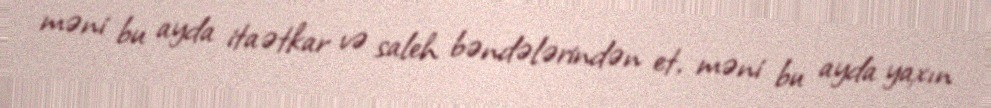
məni bu ayda itaətkar və saleh bəndələrindən et, məni bu ayda yaxın